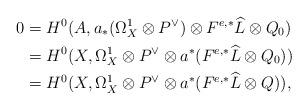
LaTeX: \begin{align*}0&=H^0(A,a_*(\Omega_X^1\otimes P^{\vee})\otimes F^{e,*}\widehat{L}\otimes Q_0) \\&=H^0(X,\Omega_X^1\otimes P^{\vee}\otimes a^*(F^{e,*}\widehat{L}\otimes Q_0)) \\&=H^0(X,\Omega_X^1\otimes P^{\vee}\otimes a^*(F^{e,*}\widehat{L}\otimes Q)),\end{align*}